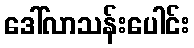
ဒေါ်လာသန်းပေါင်း